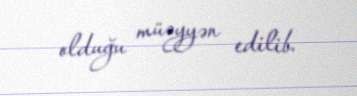
olduğu müəyyən edilib.